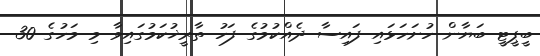
ބީޕީޓީ ބަޔާން ހުށަހަޅައި ފައިސާ ދެއްކުމުގެ ފަހު ތާރީޚުކަމުގައިވާ މި މަހުގެ 30